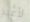
لأعيد